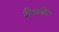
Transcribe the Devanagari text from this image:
ग्रैपलिंग